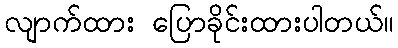
လျာက်ထား ပြောခိုင်းထားပါတယ်။